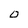
Character: O